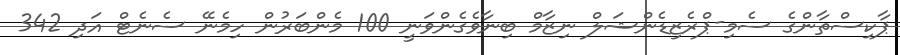
ޕާކިސްތާންގެ ސެމި-ޕްރެޒިޑެންޝަލް ނިޒާމް ބިނާވެގެންވަނީ 100 މެންބަރުން ހިމެނޭ ސެނެޓް އަދި 342